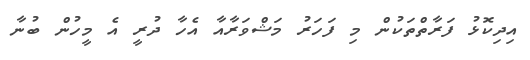
އިދިކޮޅު ފަރާތްތަކުން މި ފަހަރު މަޝްވަރާއާ އެހާ ދުރީ އެ މީހުން ބުނާ